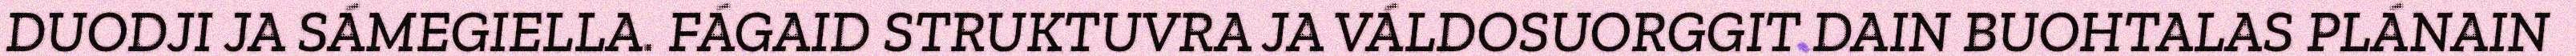
DUODJI JA SÁMEGIELLA. FÁGAID STRUKTUVRA JA VÁLDOSUORGGIT DAIN BUOHTALAS PLÁNAIN